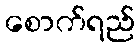
စောက်ရည်